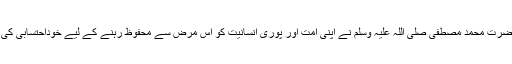
ہادیٔ برحق حضرت محمد مصطفی صلی اللہ علیہ وسلم نے اپنی اُمت اور پوری انسانیت کو اس مرض سے محفوظ رہنے کے لیے خوداحتسابی کی تعلیم دی ہے۔